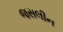
જસલીન